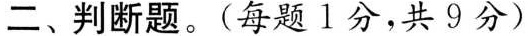
二、判断题。(每题1分，共9分)